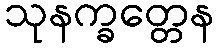
သုနက္ခတ္တေန